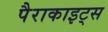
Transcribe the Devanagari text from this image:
पैराकाइट्स